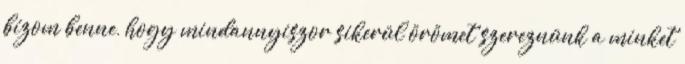
bízom benne, hogy mindannyiszor sikerül örömet szereznünk a minket